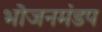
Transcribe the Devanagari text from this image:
भोजनमंडप